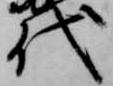
代